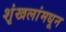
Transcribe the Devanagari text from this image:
शृंखलांमधून